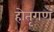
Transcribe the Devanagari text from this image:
होतृगण